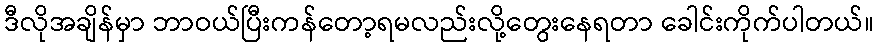
ဒီလိုအချိန်မှာ ဘာဝယ်ပြီးကန်တော့ရမလည်းလို့တွေးနေရတာ ခေါင်းကိုက်ပါတယ်။